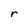
Character: r